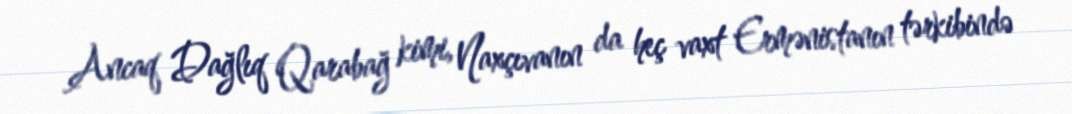
Ancaq Dağlıq Qarabağ kimi, Naxçıvanın da heç vaxt Ermənistanın tərkibində